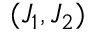
( J _ { 1 } , J _ { 2 } )